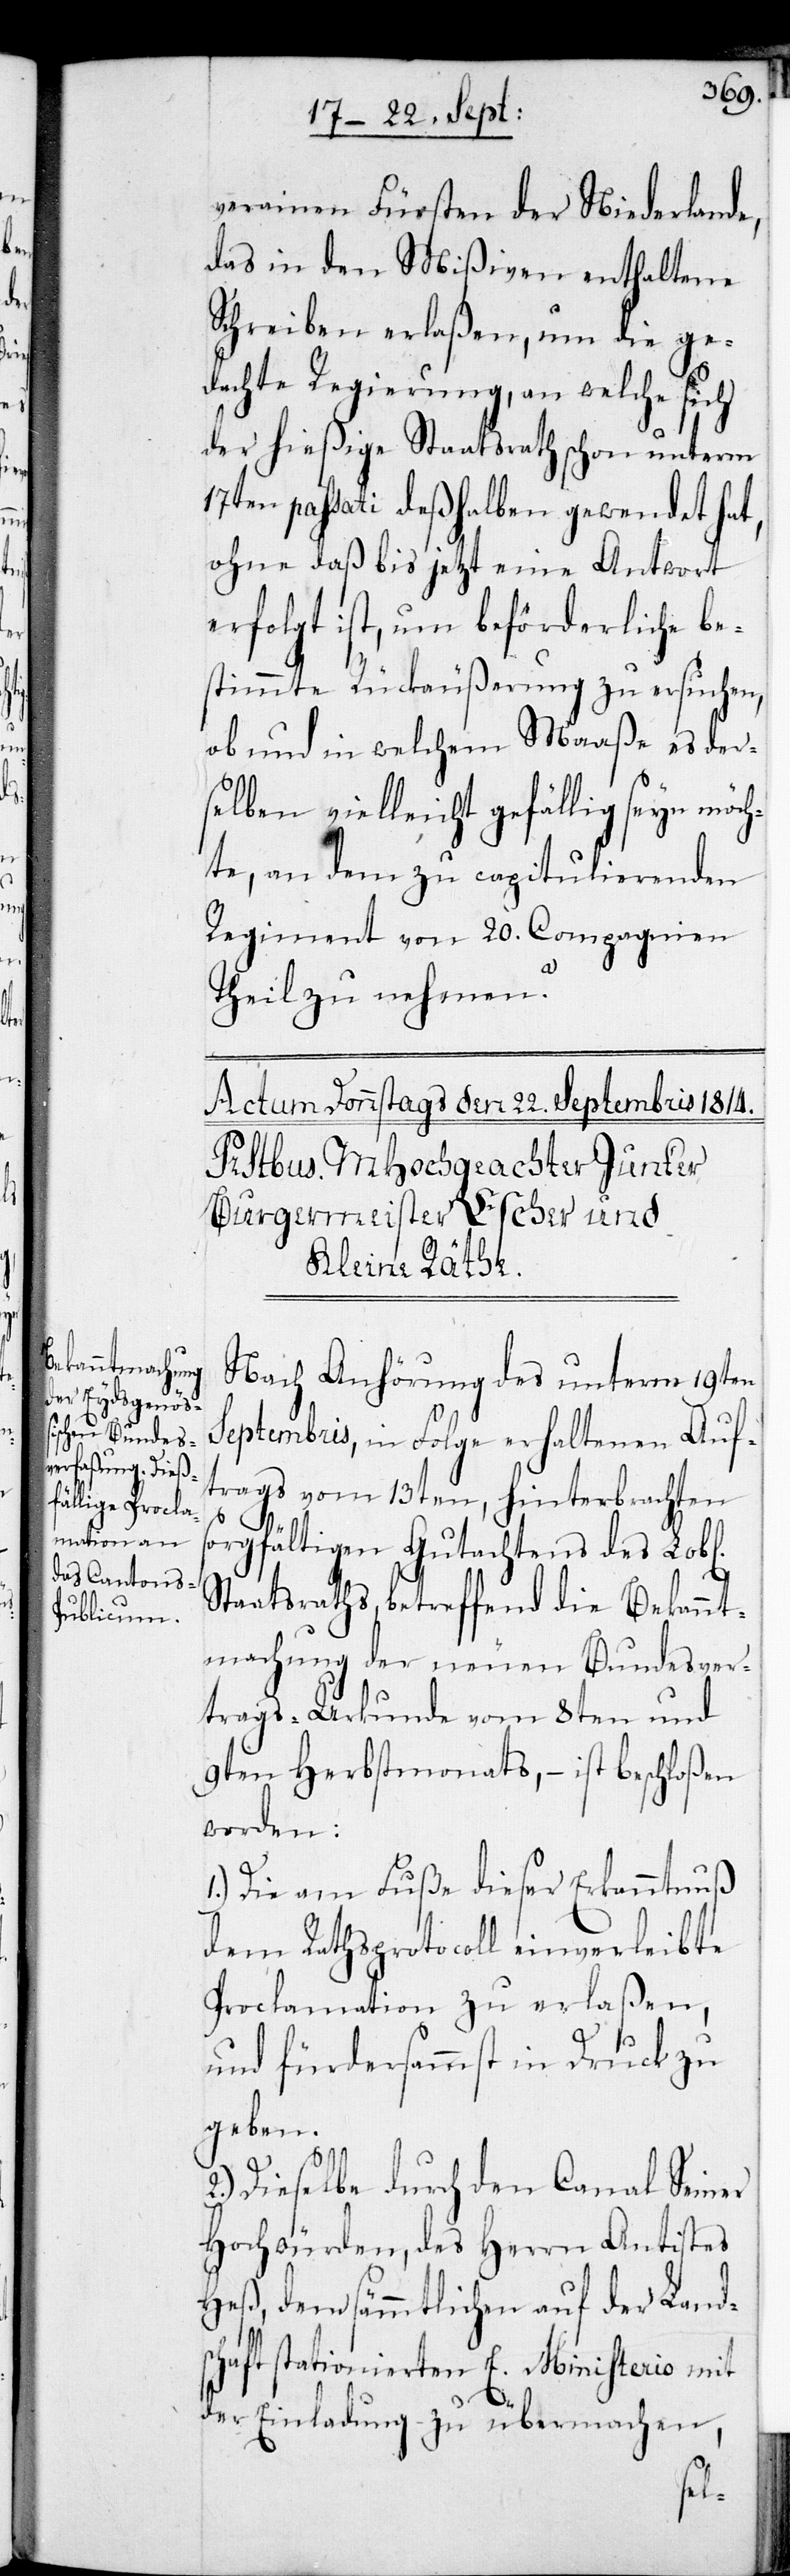
b[lichen]

verainen Fürsten der Niederlande
das in den Mißiven enthaltene
Schreiben erlaßen, um die ge¬
dachte Regierung, an welche sich
der hießige Staatsrath schon unterm
17ten passati deßhalben gewendet hat,
ohne daß bis jetzt eine Antwort
erfolgt ist, um beförderliche be¬
stimmte Rückäußerung zu ersuchen,
ob und in welchem Maaße es der¬
selben vielleicht gefällig seyn möch¬
te, an dem zu capitulierenden
Regiment von 20. Compagnien
Theil zu nehmen?
Nach Anhörung des unterm 19ten
Septembris, in Folge erhaltenen Auf¬
trags vom 13ten, hinterbrachten
sorgfältigen Gutachtens des Lo¬
Staatsraths, betreffend die Bekannt¬
machung der neuen Bundesver¬
trags-Urkunde vom 8ten und
9ten Herbstmonats, – ist beschloßen
worden:
Die am Fuße dieser Erkanntnuß
dem RathsProtocoll einverleibte
Proclamation zu erlaßen,
und fürdersammst in Druck zu
geben.
Dieselbe durch den Canal Seiner
Hochwürden, des Herrn Antistes
Heß, den sämmtlichen auf der Land¬
schaft stationierten E. Ministerio mit
der Einladung zu übermachen,